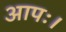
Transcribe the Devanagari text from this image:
आपः।